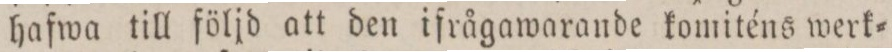
hafwa till följd att den ifrågawarande komiténs werk=